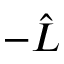
- \hat { L }